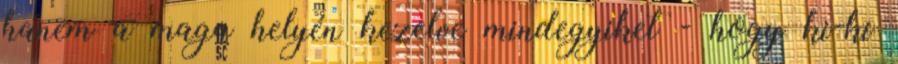
hanem a maga helyén kezelve mindegyiket - hogy ki-ki